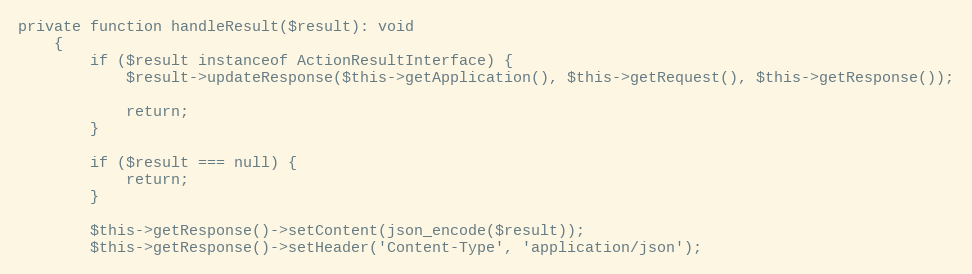
Language: PHP
private function handleResult($result): void
    {
        if ($result instanceof ActionResultInterface) {
            $result->updateResponse($this->getApplication(), $this->getRequest(), $this->getResponse());

            return;
        }

        if ($result === null) {
            return;
        }

        $this->getResponse()->setContent(json_encode($result));
        $this->getResponse()->setHeader('Content-Type', 'application/json');